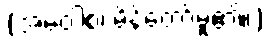
(အဝေါစ၊ မိန့်တော်မူ၏။)